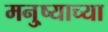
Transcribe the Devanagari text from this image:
मनु्ष्याच्या